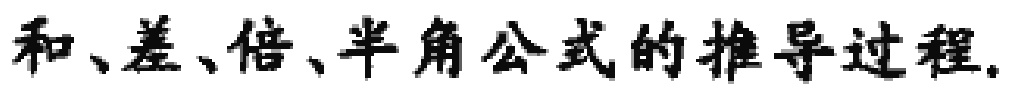
和、差、倍、半角公式的推导过程.